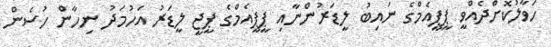
ހަވާލުކޮށްދެއްވީ ޕީޕީއެމްގެ ނައިބު ލީޑަރުންނާއި ޕީޕީއެމްގެ ޕީޖީ ލީޑަރު އަހުމަދު ނިހާން ހުސެން